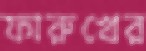
ফারুখের